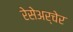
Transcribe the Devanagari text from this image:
रेसेअर्चेर